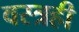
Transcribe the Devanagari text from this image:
वस्त्रही